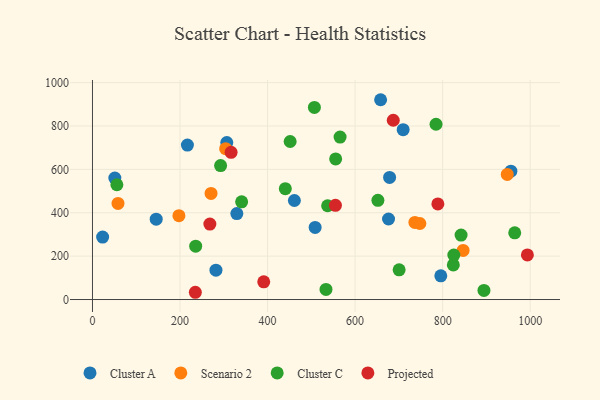
{"axis": {"x": "Study Hours", "y": "Demand"}, "legend": ["Cluster A", "Cluster C", "Projected", "Scenario 2"], "data": [{"x": "678.8", "y": 562.9, "type": "Cluster A"}, {"x": "51.1", "y": 559.7, "type": "Cluster A"}, {"x": "23.2", "y": 287.8, "type": "Cluster A"}, {"x": "795.8", "y": 109.3, "type": "Cluster A"}, {"x": "216.9", "y": 711.9, "type": "Cluster A"}, {"x": "709.8", "y": 783.1, "type": "Cluster A"}, {"x": "676.4", "y": 371.1, "type": "Cluster A"}, {"x": "145.6", "y": 370.4, "type": "Cluster A"}, {"x": "282.1", "y": 135.3, "type": "Cluster A"}, {"x": "955.9", "y": 591.9, "type": "Cluster A"}, {"x": "461.3", "y": 456.5, "type": "Cluster A"}, {"x": "658.3", "y": 921.1, "type": "Cluster A"}, {"x": "508.7", "y": 332.2, "type": "Cluster A"}, {"x": "306.9", "y": 723.7, "type": "Cluster A"}, {"x": "329.8", "y": 396.0, "type": "Cluster A"}, {"x": "304.3", "y": 695.6, "type": "Scenario 2"}, {"x": "846.8", "y": 226.2, "type": "Scenario 2"}, {"x": "270.9", "y": 489.2, "type": "Scenario 2"}, {"x": "736.6", "y": 355.2, "type": "Scenario 2"}, {"x": "58.3", "y": 442.8, "type": "Scenario 2"}, {"x": "197.5", "y": 386.7, "type": "Scenario 2"}, {"x": "748.0", "y": 350.4, "type": "Scenario 2"}, {"x": "947.6", "y": 576.9, "type": "Scenario 2"}, {"x": "964.7", "y": 307.3, "type": "Cluster C"}, {"x": "824.4", "y": 159.4, "type": "Cluster C"}, {"x": "894.4", "y": 41.9, "type": "Cluster C"}, {"x": "825.6", "y": 205.1, "type": "Cluster C"}, {"x": "537.2", "y": 432.4, "type": "Cluster C"}, {"x": "340.8", "y": 450.2, "type": "Cluster C"}, {"x": "292.7", "y": 617.5, "type": "Cluster C"}, {"x": "555.6", "y": 648.2, "type": "Cluster C"}, {"x": "533.5", "y": 46.4, "type": "Cluster C"}, {"x": "784.9", "y": 808.0, "type": "Cluster C"}, {"x": "440.6", "y": 510.9, "type": "Cluster C"}, {"x": "451.6", "y": 728.4, "type": "Cluster C"}, {"x": "55.8", "y": 529.0, "type": "Cluster C"}, {"x": "700.6", "y": 136.8, "type": "Cluster C"}, {"x": "842.1", "y": 297.0, "type": "Cluster C"}, {"x": "652.1", "y": 457.4, "type": "Cluster C"}, {"x": "507.0", "y": 885.4, "type": "Cluster C"}, {"x": "235.8", "y": 245.9, "type": "Cluster C"}, {"x": "565.7", "y": 748.7, "type": "Cluster C"}, {"x": "687.2", "y": 826.5, "type": "Projected"}, {"x": "993.6", "y": 205.6, "type": "Projected"}, {"x": "316.7", "y": 678.6, "type": "Projected"}, {"x": "391.3", "y": 81.6, "type": "Projected"}, {"x": "555.1", "y": 434.3, "type": "Projected"}, {"x": "789.1", "y": 440.7, "type": "Projected"}, {"x": "268.2", "y": 347.7, "type": "Projected"}, {"x": "235.0", "y": 33.4, "type": "Projected"}]}